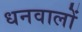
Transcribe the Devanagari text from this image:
धनवालों